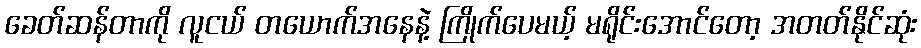
ခေတ်ဆန်တာကို လူငယ် တယောက်အနေနဲ့ ကြိုက်ပေမယ့် မရိုင်းအောင်တော့ အတတ်နိုင်ဆုံး